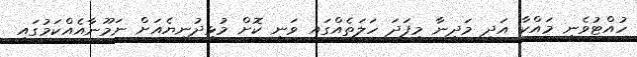
ހުއްޓުވެނީ މައްކާ އަދި މަދީނާ މިފަދަ ހަލަތެއްގައި ވަނި ކޮށް މުޅިދުނިޔެއަށް ނަމޫނާއެއްކަމުގައި